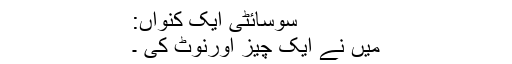
سوسائٹی ایک کنواں:
میں نے ایک چیز اورنوٹ کی ۔